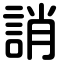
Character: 誚